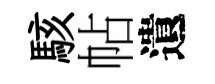
駭帖遺